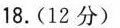
18.(12分)